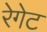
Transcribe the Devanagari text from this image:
रेगेट